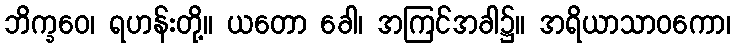
ဘိက္ခဝေ၊ ရဟန်းတို့။ ယတော ခေါ၊ အကြင်အခါ၌။ အရိယာသာဝကော၊